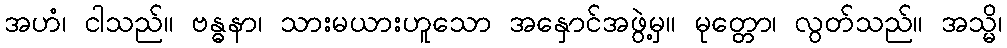
အဟံ၊ ငါသည်။ ဗန္ဓနာ၊ သားမယားဟူသော အနှောင်အဖွဲ့မှ။ မုတ္တော၊ လွတ်သည်။ အသ္မိ၊